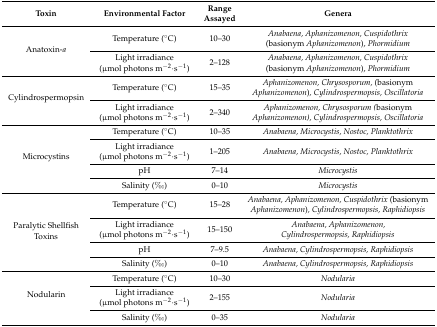
<table><thead><tr><td><b>Toxin</b></td><td><b>Environmental Factor</b></td><td><b>Range Assayed</b></td><td><b>Genera</b></td></tr></thead><tbody><tr><td rowspan="2">Anatoxin-<i>a</i></td><td>Temperature (°C)</td><td>10–30</td><td><i>Anabaena, Aphanizomenon, Cuspidothrix</i> (basionym <i>Aphanizomenon</i>), <i>Phormidium</i></td></tr><tr><td>Light irradiance (μmol photons m<sup>−2</sup>·s<sup>−1</sup>)</td><td>2–128</td><td><i>Anabaena, Aphanizomenon, Cuspidothrix</i> (basionym <i>Aphanizomenon</i>), <i>Phormidium</i></td></tr><tr><td rowspan="2">Cylindrospermopsin</td><td>Temperature (°C)</td><td>15–35</td><td><i>Aphanizomenon, Chrysosporum,</i> (basionym <i>Aphanizomenon</i>)<i>, Cylindrospermopsis, Oscillatoria</i></td></tr><tr><td>Light irradiance (μmol photons m<sup>−2</sup>·s<sup>−1</sup>)</td><td>2–340</td><td><i>Aphanizomenon, Chrysosporum (</i>basionym <i>Aphanizomenon), Cylindrospermopsis, Oscillatoria</i></td></tr><tr><td rowspan="4">Microcystins</td><td>Temperature (°C)</td><td>10–35</td><td><i>Anabaena, Microcystis, Nostoc, Planktothrix</i></td></tr><tr><td>Light irradiance (μmol photons m<sup>−2</sup>·s<sup>−1</sup>)</td><td>1–205</td><td><i>Anabaena, Microcystis, Nostoc, Planktothrix</i></td></tr><tr><td>pH</td><td>7–14</td><td><i>Microcystis</i></td></tr><tr><td>Salinity (‰)</td><td>0–10</td><td><i>Microcystis</i></td></tr><tr><td rowspan="4">Paralytic Shellfish Toxins</td><td>Temperature (°C)</td><td>15–28</td><td><i>Anabaena, Aphanizomenon, Cuspidothrix</i> (basionym <i>Aphanizomenon</i>)<i>, Cylindrospermopsis, Raphidiopsis</i></td></tr><tr><td>Light irradiance (μmol photons m<sup>−2</sup>·s<sup>−1</sup>)</td><td>15–150</td><td><i>Anabaena, Aphanizomenon, Cylindrospermopsis, Raphidiopsis</i></td></tr><tr><td>pH</td><td>7–9.5</td><td><i>Anabaena, Cylindrospermopsis, Raphidiopsis</i></td></tr><tr><td>Salinity (‰)</td><td>0–10</td><td><i>Anabaena, Cylindrospermopsis, Raphidiopsis</i></td></tr><tr><td rowspan="3">Nodularin</td><td>Temperature (°C)</td><td>10–30</td><td><i>Nodularia</i></td></tr><tr><td>Light irradiance (μmol photons m<sup>−2</sup>·s<sup>−1</sup>)</td><td>2–155</td><td><i>Nodularia</i></td></tr><tr><td>Salinity (‰)</td><td>0–35</td><td><i>Nodularia</i></td></tr></tbody></table>